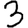
Digit: 3